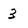
Character: 3